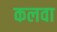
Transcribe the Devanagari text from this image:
कलवा